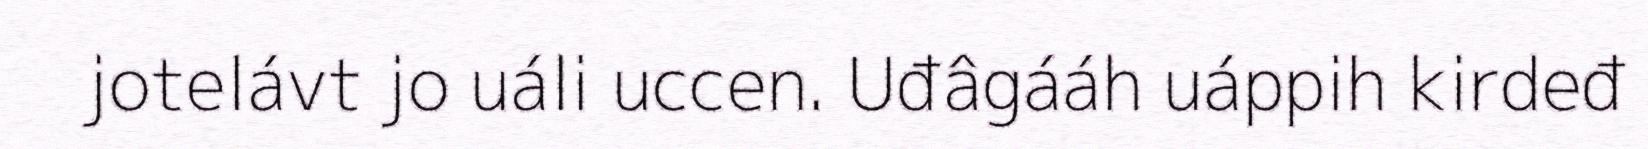
jotelávt jo uáli uccen. Uđâgááh uáppih kirdeđ